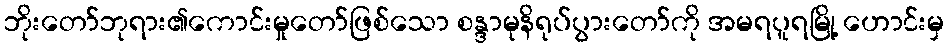
ဘိုးတော်ဘုရား၏ကောင်းမှုတော်ဖြစ်သော စန္ဒာမုနိရုပ်ပွားတော်ကို အမရပူရမြို့ ဟောင်းမှ